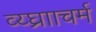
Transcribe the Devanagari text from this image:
व्य्घ्रााचर्म